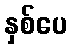
နှစ်ပေ